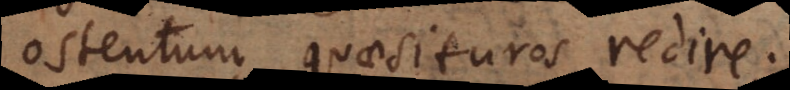
ostentum quaesituros redire.